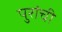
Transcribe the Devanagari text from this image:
पुरांची